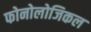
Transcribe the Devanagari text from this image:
फोनोलोजिकल